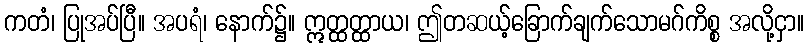
ကတံ၊ ပြုအပ်ပြီ။ အပရံ၊ နောက်၌။ ဣတ္ထတ္ထာယ၊ ဤတဆယ့်ခြောက်ချက်သောမဂ်ကိစ္စ အလို့ငှာ။